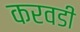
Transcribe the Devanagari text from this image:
करवडी